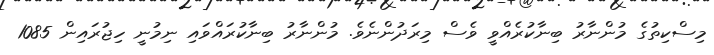
މިސްކިތުގެ މުންނާރު ބިނާކުރެއްވީ ވެސް މިރަަދުންނެވެ. މުންނާރު ބިނާކުރައްވައި ނިމުނީ ހިޖުރައިން 1085